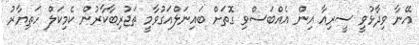
އޭނާ ވިދާޅުވީ ސީރިއާ އިން އެއްބަސްވި ގޮތަށް ބައިނަލްއަގުވާމީ ތަޖުރިބާކާރުން ކެމިކަލް ހަތިޔާރު